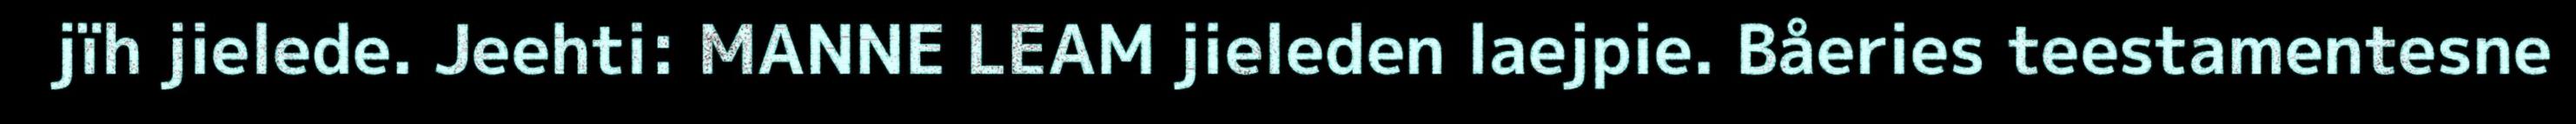
jïh jielede. Jeehti: MANNE LEAM jieleden laejpie. Båeries teestamentesne